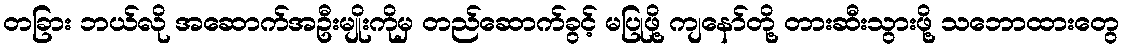
တခြား ဘယ်လို အဆောက်အဦးမျိုးကိုမှ တည်ဆောက်ခွင့် မပြုဖို့ ကျနော်တို့ တားဆီးသွားဖို့ သဘောထားတွေ